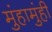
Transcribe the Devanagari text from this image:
मुंहामुंही